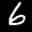
Label: 6